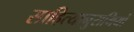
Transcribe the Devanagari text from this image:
साहित्यानुरागियों